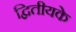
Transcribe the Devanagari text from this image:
द्वितीयके